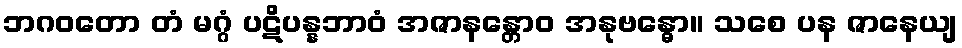
ဘဂဝတော တံ မဂ္ဂံ ပဋိပန္နဘာဝံ အဇာနန္တောဝ အနုဗန္ဓော။ သစေ ပန ဇာနေယျ